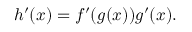
h ^ { \prime } ( x ) = f ^ { \prime } ( g ( x ) ) g ^ { \prime } ( x ) .